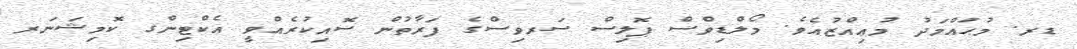
ޑރ. މުޙައްމަދު މުޢިއްޒުއެވެ. މޯލްޑިވްސް ޕޮލިސް ސަރވިސްގެ ފަރާތުން ސޮއިކުރެއްވީ އެކްޓިންގ ކޮމިޝަނަރ